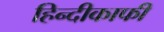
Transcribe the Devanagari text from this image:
हिन्दीकाफी